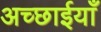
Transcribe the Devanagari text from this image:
अच्छाईयाँ